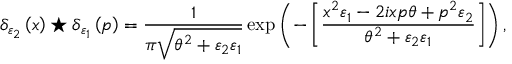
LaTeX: \delta _ { \varepsilon _ { 2 } } \left( x \right) \star \delta _ { \varepsilon _ { 1 } } \left( p \right) = \frac { 1 } { \pi \sqrt { \theta ^ { 2 } + \varepsilon _ { 2 } \varepsilon _ { 1 } } } \exp \left( - \left[ \frac { x ^ { 2 } \varepsilon _ { 1 } - 2 i x p \theta + p ^ { 2 } \varepsilon _ { 2 } } { \theta ^ { 2 } + \varepsilon _ { 2 } \varepsilon _ { 1 } } \right] \right) ,